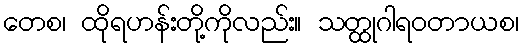
တေစ၊ ထိုရဟန်းတို့ကိုလည်း။ သတ္ထုဂါရဝတာယစ၊